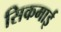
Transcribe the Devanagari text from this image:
सिकमाई